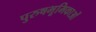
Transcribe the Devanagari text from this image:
पुरुषभूमिकाओं